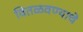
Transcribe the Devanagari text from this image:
वितळवण्याचे